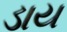
ડાય